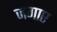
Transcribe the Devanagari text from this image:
जगाए